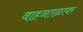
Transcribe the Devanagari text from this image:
वाहनतळावर